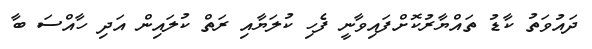
ދައުވަތު ކާޑު ތައްޔާރުކޮށްފައިވާނީ ފެހި ކުލަޔާއި ރަތް ކުލައިން އަދި ހާއްސަ ބާ